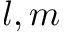
l , m